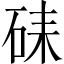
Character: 𥑶